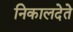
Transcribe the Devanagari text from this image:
निकालदेते